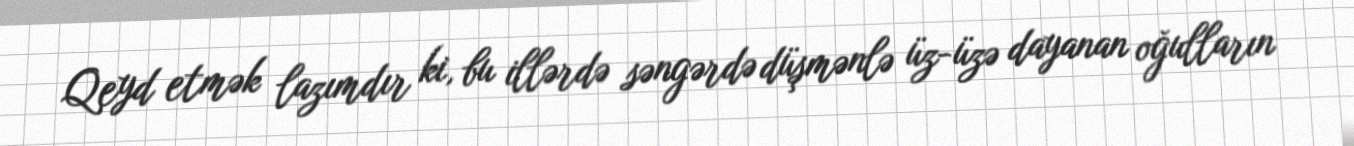
Qeyd etmək lazımdır ki, bu illərdə səngərdə düşmənlə üz-üzə dayanan oğulların